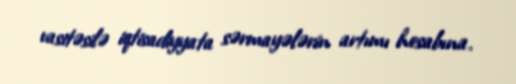
vasitəsilə iqtisadiyyata sərmayələrin artımı hesabına.